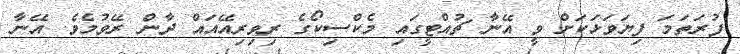
ފުރަތަމަ ފިޔަވަޅަކަށް ވީ އޭނާ ޗުއްޓީގައި މެކްސިކޯގެ ރިވިރިއޭއައް ދާން ރޭވުމެވެ. އޭނާ